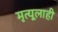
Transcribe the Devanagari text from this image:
मृत्यूलाही